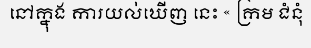
នៅក្នុង ការយល់ឃើញ នេះ « ក្រម ជំនុំ